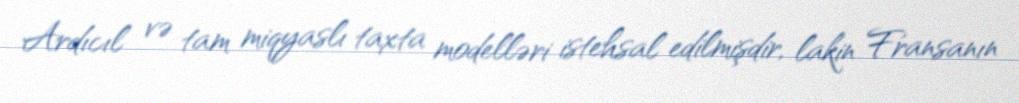
Ardıcıl və tam miqyaslı taxta modelləri istehsal edilmişdir, lakin Fransanın